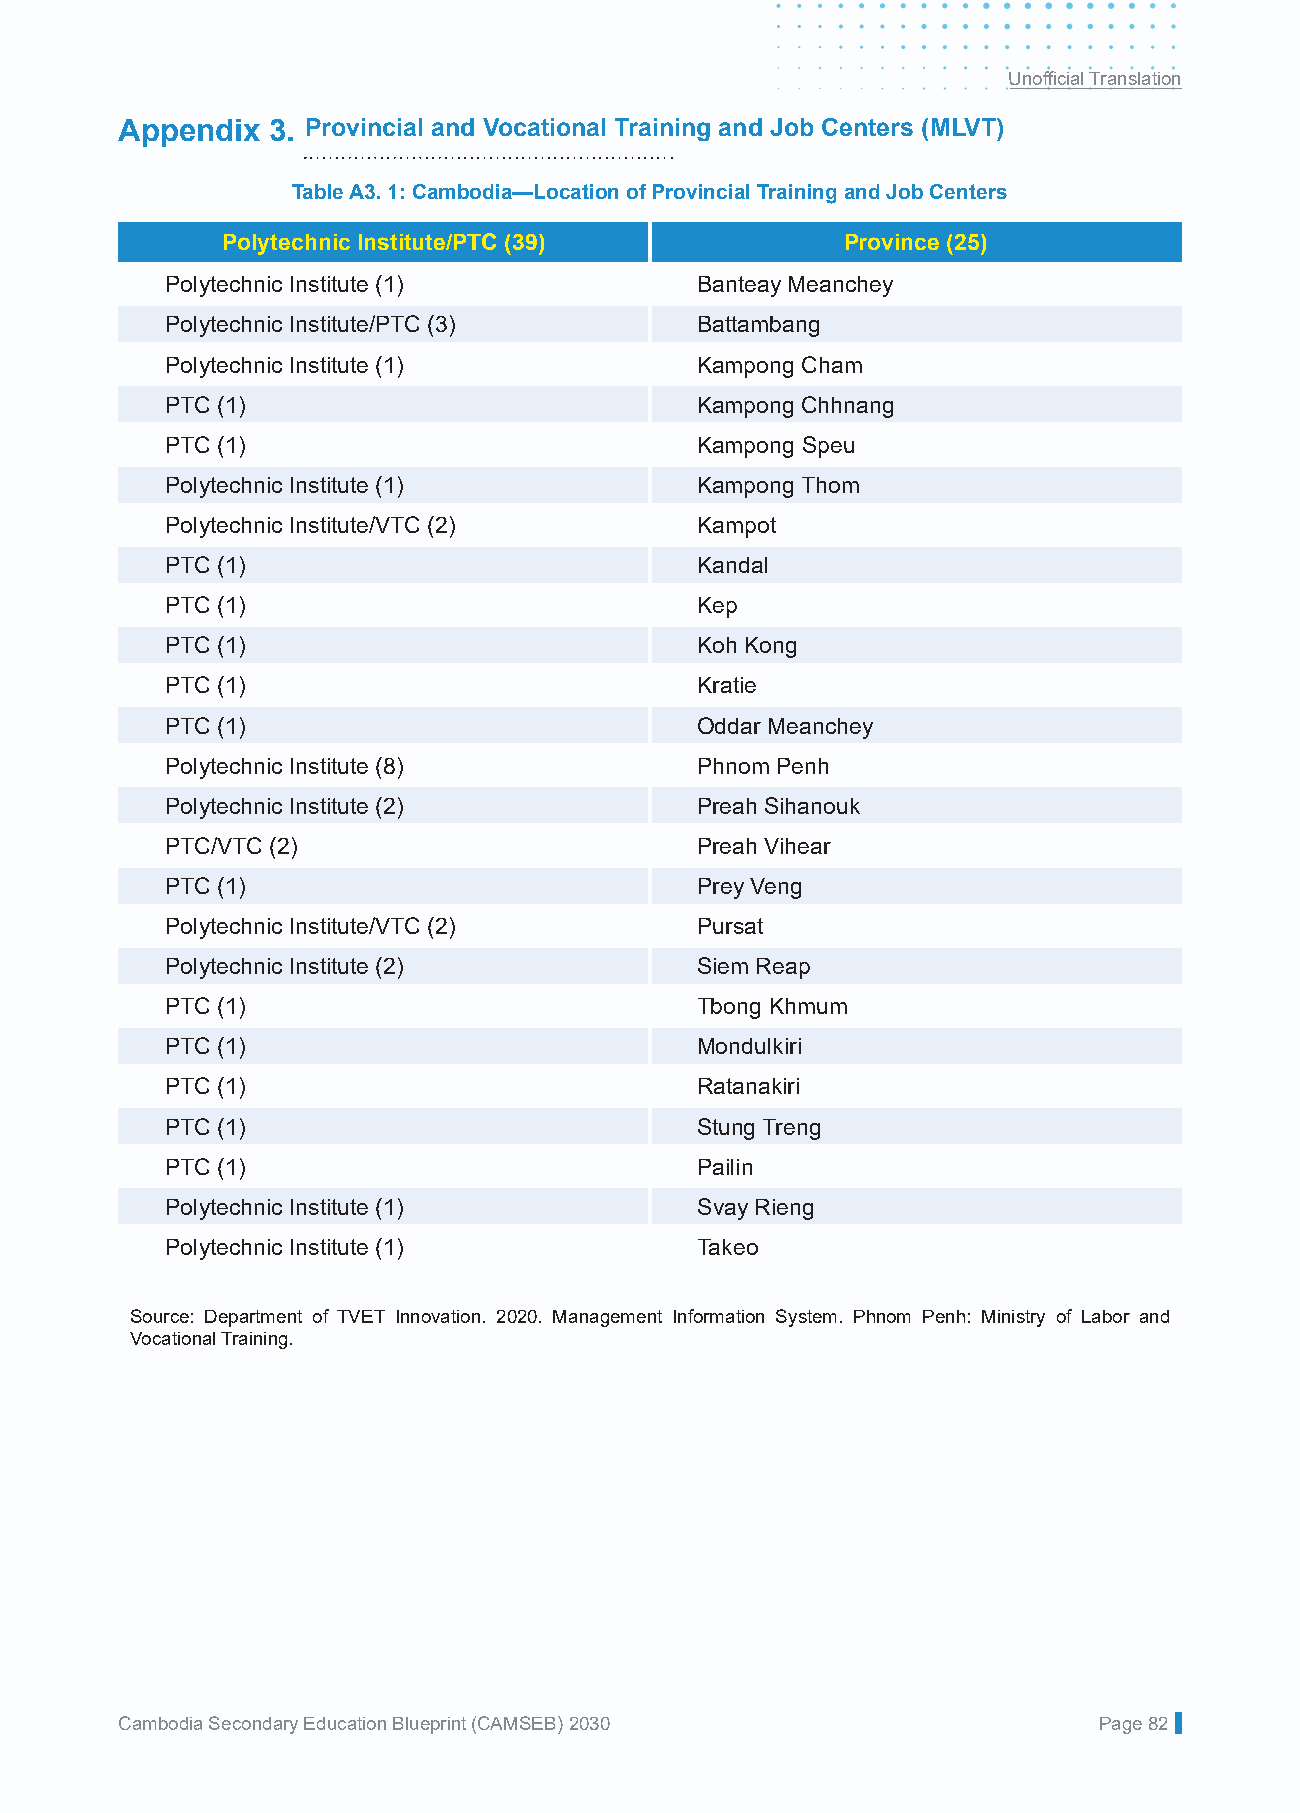
Unofficial Translation
 Appendix  3. Provincial and Vocational Training and Job Centers (MLVT)
 Table A3. 1: Cambodia—Location of Provincial Training and Job Centers
 Polytechnic Institute/PTC (39)           Province (25)
 Polytechnic Institute (1)          Banteay Meanchey
 Polytechnic Institute/PTC (3)      Battambang
 Polytechnic Institute (1)          Kampong Cham
 PTC (1)                            Kampong Chhnang
 PTC (1)                            Kampong Speu
 Polytechnic Institute (1)          Kampong Thom
 Polytechnic Institute/VTC (2)      Kampot
 PTC (1)                            Kandal
 PTC (1)                            Kep
 PTC (1)                            Koh Kong
 PTC (1)                            Kratie
 PTC (1)                            Oddar Meanchey
 Polytechnic Institute (8)          Phnom Penh
 Polytechnic Institute (2)          Preah Sihanouk
 PTC/VTC (2)                        Preah Vihear
 PTC (1)                            Prey Veng
 Polytechnic Institute/VTC (2)      Pursat
 Polytechnic Institute (2)          Siem Reap
 PTC (1)                            Tbong Khmum
 PTC (1)                            Mondulkiri
 PTC (1)                            Ratanakiri
 PTC (1)                            Stung Treng
 PTC (1)                            Pailin
 Polytechnic Institute (1)          Svay Rieng
 Polytechnic Institute (1)          Takeo
 Source: Department of TVET Innovation. 2020. Management Information System. Phnom Penh: Ministry of Labor and
 Vocational Training.
 Cambodia Secondary Education Blueprint (CAMSEB) 2030             Page 82